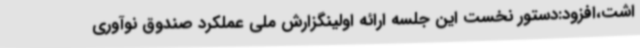
اشت،افزود:دستور نخست این جلسه ارائه اولینگزارش ملی عملکرد صندوق نوآوری